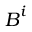
\boldsymbol { B } ^ { i }